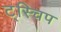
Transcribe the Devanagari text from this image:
ट्स्चिप